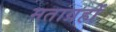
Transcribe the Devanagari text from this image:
मताग्रहों